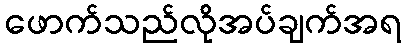
ဖောက်သည်လိုအပ်ချက်အရ